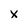
Character: x